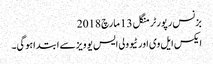
بزنس رپورٹر منگل 13 مارچ 2018
ایکس ایل وی اور ٹیوولی ایس یو ویزسے ابتداہوگی۔